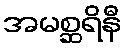
အမစ္ဆရိနီ